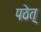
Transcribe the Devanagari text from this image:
पठेत्‌